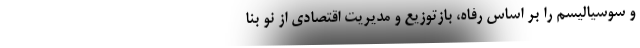
و سوسیالیسم را بر اساس رفاه، بازتوزیع و مدیریت اقتصادی از نو بنا